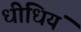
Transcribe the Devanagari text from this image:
धीधियं